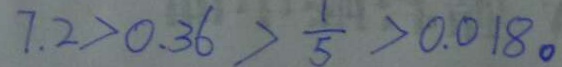
7 . 2 > 0 . 3 6 > \frac { 1 } { 5 } > 0 . 0 1 8 。